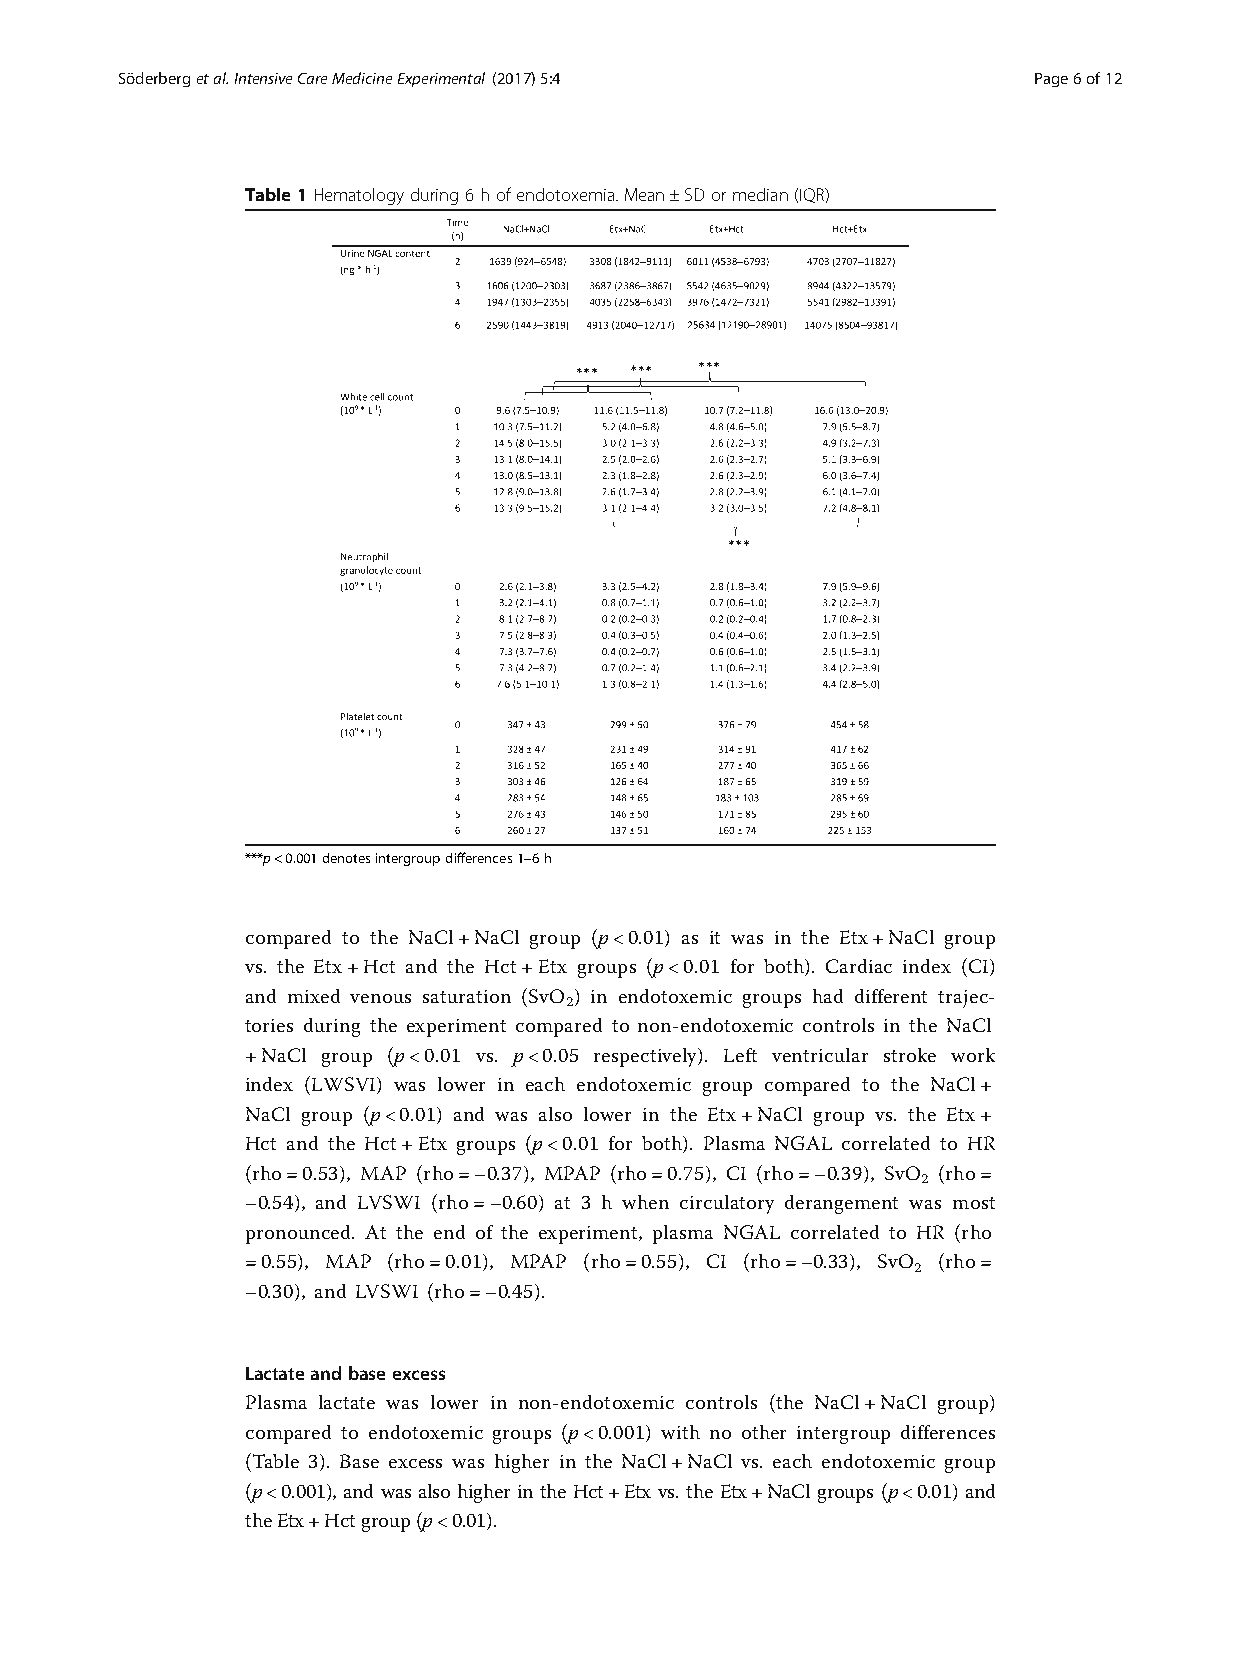
Söderbergetal.IntensiveCareMedicineExperimental (2017) 5:4  Page6of12
 Table1Hematologyduring6hofendotoxemia.Mean±SDormedian(IQR)
 ***p<0.001denotesintergroupdifferences1–6h
 compared to the NaCl+NaCl group (p<0.01) as it was in the Etx+NaCl group
 vs. the Etx+Hct and the Hct+Etx groups (p<0.01 for both). Cardiac index (CI)
 and mixed venous saturation (SvO ) in endotoxemic groups had different trajec-
 2
 tories during the experiment compared to non-endotoxemic controls in the NaCl
 +NaCl group (p<0.01 vs. p<0.05 respectively). Left ventricular stroke work
 index (LWSVI) was lower in each endotoxemic group compared to the NaCl+
 NaCl group (p<0.01) and was also lower in the Etx+NaCl group vs. the Etx+
 Hct and the Hct+Etx groups (p<0.01 for both). Plasma NGAL correlated to HR
 (rho=0.53), MAP (rho=−0.37), MPAP (rho=0.75), CI (rho=−0.39), SvO (rho=
 2
 −0.54), and LVSWI (rho=−0.60) at 3 h when circulatory derangement was most
 pronounced. At the end of the experiment, plasma NGAL correlated to HR (rho
 =0.55), MAP (rho=0.01), MPAP (rho=0.55), CI (rho=−0.33), SvO (rho=
 2
 −0.30), and LVSWI (rho=−0.45).
 Lactateandbaseexcess
 Plasma lactate was lower in non-endotoxemic controls (the NaCl+NaCl group)
 compared to endotoxemic groups (p<0.001) with no other intergroup differences
 (Table 3). Base excess was higher in the NaCl+NaCl vs. each endotoxemic group
 (p<0.001), and was also higher in the Hct+Etx vs. the Etx+NaCl groups (p<0.01) and
 theEtx+Hctgroup(p<0.01).